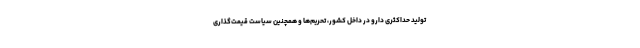
تولید حداکثری دارو در داخل کشور، تحریم‌ها و همچنین سیاست‌ قیمت‌گذاری